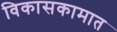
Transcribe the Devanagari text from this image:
विकासकामात